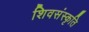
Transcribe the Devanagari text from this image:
शिवसंस्कृति